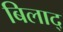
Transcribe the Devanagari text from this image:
बिलाद्